Report of the Indian Hemp Drugs Commission, 1894-1895 - Volume VII
Year: 1894
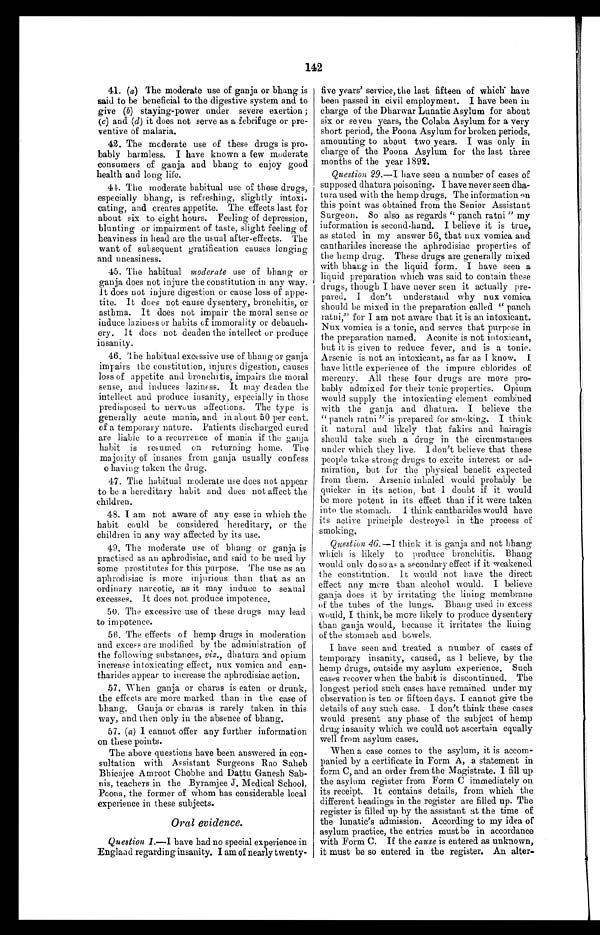
142
41. (a) The moderate use of ganja or bhang is
said to be beneficial to the digestive system and to
give ( b) staying-power under severe exertion ;
( c) and (d ) it does not serve as a febrifuge or pre-
ventive of malaria.
42. The moderate use of these drugs is pro-
bably harmless. I have known a few moderate
consumers of ganja and bhang to enjoy good
health and long life.
44. The moderate habitual use of these drugs,
especially bhang, is refreshing, slightly intoxi-
cating, and creates appetite. The effects last for
about six to eight hours. Feeling of depression,
blunting or impairment of taste, slight feeling of
heaviness in head are the usual after-effects. The
want of subsequent gratification causes longing
and uneasiness.
45. The habitual moderate use of bhang or
ganja does not injure the constitution in any way.
It does not injure digestion or cause loss of appe-
tite. It does not cause dysentery, bronchitis, or
asthma. It does not impair the moral sense or
induce laziness or habits of immorality or debauch-
ery. It does not deaden the intellect or produce
insanity.
46. The habitual excessive use of bhang or ganja
impairs the constitution, injures digestion, causes
loss of appetite and bronchitis, impairs the moral
sense, and induces laziness. It may deaden the
intellect and produce insanity, especially in those
predisposed to nervous affections. The type is
generally acute mania, and in about 50 per cent.
of a temporary nature. Patients discharged cured
are liable to a recurrence of mania if the ganja
habit is resumed on returning home. The
majority of insanes from ganja usually confess
o having taken the drug.
47. The habitual moderate use does not appear
to be a hereditary habit and does not affect the
children.
48. I am not aware of any case in which the
habit could be considered hereditary, or the
children in any way affected by its use.
49. The moderate use of bhang or ganja is
practised as an aphrodisiac, and said to be used by
some prostitutes for this purpose. The use as an
aphrodisiac is more injurious than that as an
ordinary narcotic, as it may induce to sexual
excesses. It does not produce impotence.
50. The excessive use of these drugs may lead
to impotence.
56. The effects of hemp drugs in moderation
and excess are modified by the administration of
the following substances, viz., dhatura and opium
increase intoxicating effect, nux vomica and can-
tharides appear to increase the aphrodisiac action.
57. When ganja or charas is eaten or drunk,
the effects are more marked than in the case of
bhang. Ganja or charas is rarely taken in this
way, and then only in the absence of bhang.
57. ( a ) I cannot offer any further information
on these points.
The above questions have been answered in con-
sultation with Assistant Surgeons Rao Saheb
Bhicajee Amroot Chobhe and Dattu Ganesh Sab-
nis, teachers in the Byramjee J. Medical School,
Poona., the former of whom has considerable local
experience in these subjects.
Oral evidence.
Question 1 .—I have had no special experience in
England regarding insanity. I am of nearly twenty-
five years' service, the last fifteen of which have
been passed in civil employment. I have been in
charge of the Dharwar Lunatic Asylum for about
six or seven years, the Colaba Asylum for a very
short period, the Poona Asylum for broken periods,
amounting to about two years. I was only in
charge of the Poona Asylum for the last three
months of the year 1892.
Question 29 .—I have seen a number of cases of
supposed dhatura poisoning. I have never seen dha-
tura used with the hemp drugs. The information on
this point was obtained from the Senior Assistant
Surgeon. So also as regards ''panch ratni " my
information is second hand. I believe it is true,
as stated in my answer 56, that nux vomica and
cantharides increase the aphrodisiac properties of
the hemp drug. These drugs are generally mixed
with bhang in the liquid form. I have seen a
liquid preparation which was said to contain these
drugs, though I have never seen it actually pre-
pared. I don't understand why nux vomica
should be mixed in the preparation called "panch
ratni," for I am not aware that it is an intoxicant.
Nux vomica is a tonic, and serves that purpose in
the preparation named. Aconite is not intoxicant,
but it is given to reduce fever, and is a tonic.
Arsenic is not an intoxicant, as far as I know. I
have little experience of the impure chlorides of
mercury. All these four drugs are more pro-
bably admixed for their tonic properties. Opium
would supply the intoxicating element combined
with the ganja and dhatura. I believe the
" panch ratni " is prepared for smoking. I think
it natural and likely that fakirs and bairagis
should take such a drug in the circumstances
under which they live. I don't believe that these
people take strong drugs to excite interest or ad-
miration, but for the physical benefit expected
from them. Arsenic inhaled would probably be
quicker in its action, but I doubt if it would
be more potent in its effect than if it were taken
into the stomach. I think cantharides would have
its active principle destroyed in the process of
smoking.
Question 46.—think it is ganja and not bhang
which is likely to produce bronchitis. Bhang
would only do so as a secondary effect if it weakened
the constitution. It would not have the direct
effect any more than alcohol would. I believe
ganja does it by irritating the lining membrane
of the tubes of the lungs. Bhang used in excess
would, I think, be more likely to produce dysentery
than ganja would, because it irritates the lining
of the stomach and bowels.
I have seen and treated a number of cases of
temporary insanity, caused, as I believe, by the
hemp drugs, outside my asylum experience, Such
cases recover when the habit is discontinued. The
longest period such cases have remained under my
observation is ten or fifteen days. I cannot give the
details of any such case. I don't think these cases
would present any phase of the subject of hemp
drug insanity which we could not ascertain equally
well from asylum cases.
When a case comes to the asylum, it is accom-
panied by a certificate in Form A, a. statement in
form C, and an order from the Magistrate. I fill up
the asylum register from Form C immediately on
its receipt. It contains details, from which the
different headings in the register are filled up. The
register is filled up by the assistant at the time of
the lunatic's admission. According to my idea of
asylum practice, the entries must be in accordance
with Form C. If the cause is entered as unknown,
it must be so entered in the register. An alter-